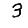
Digit: 3